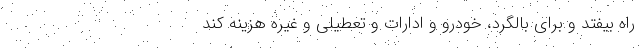
راه بیفتد و برای بالگرد، خودرو و ادارات و تعطیلی و غیره هزینه کند